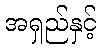
အရှည်နှင့်